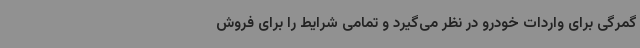
گمرگی برای واردات خودرو در نظر می‌گیرد و تمامی شرایط را برای فروش